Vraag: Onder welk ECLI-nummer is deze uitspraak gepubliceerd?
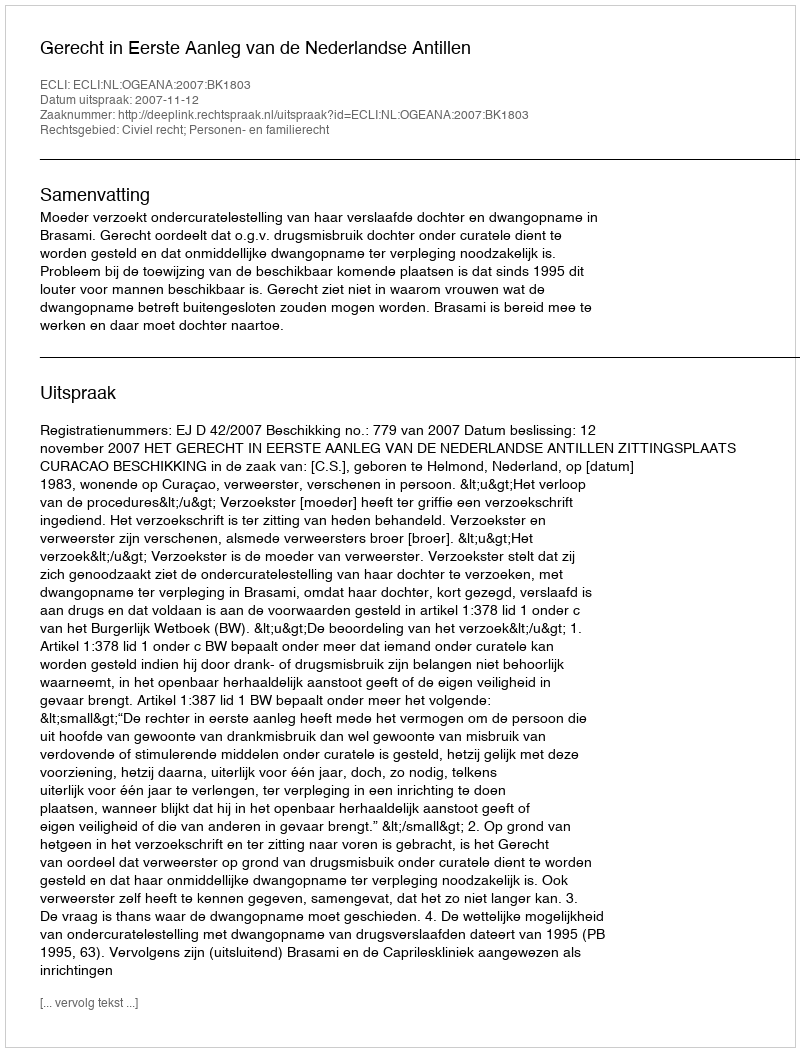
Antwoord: ECLI:NL:OGEANA:2007:BK1803